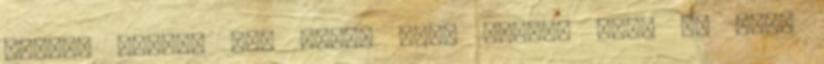
törődj velük, míg velem vagy Látod? Nézz az égre